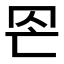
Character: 𦊀